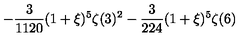
\displaystyle - \frac { 3 } { 1 1 2 0 } ( 1 + \xi ) ^ { 5 } \zeta ( 3 ) ^ { 2 } - \frac { 3 } { 2 2 4 } ( 1 + \xi ) ^ { 5 } \zeta ( 6 )